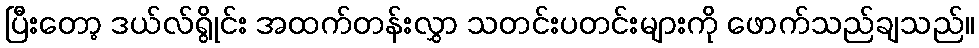
ပြီးတော့ ဒယ်လ်ရွိုင်း အထက်တန်းလွှာ သတင်းပတင်းများကို ဖောက်သည်ချသည်။